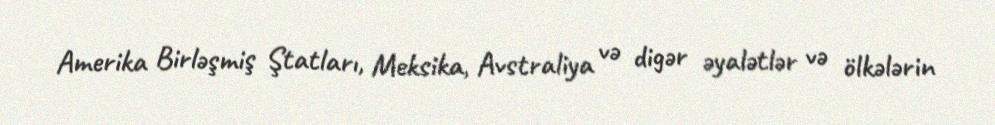
Amerika Birləşmiş Ştatları, Meksika, Avstraliya və digər əyalətlər və ölkələrin